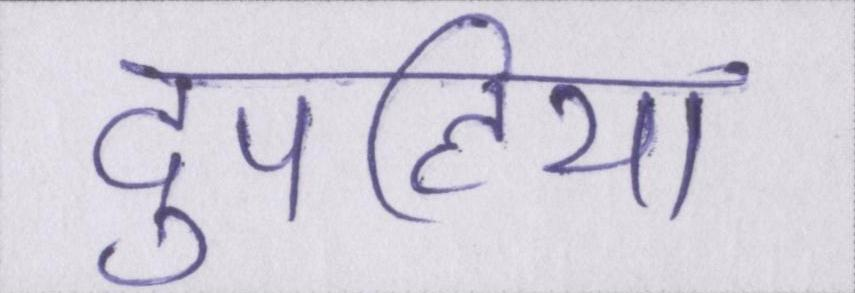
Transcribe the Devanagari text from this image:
दुपहिया